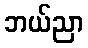
ဘယ်ညာ